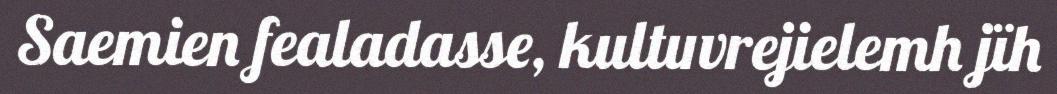
Saemien fealadasse, kultuvrejielemh jïh